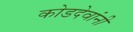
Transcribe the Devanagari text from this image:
कोडदेवांनी